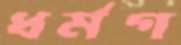
ধর্মগ